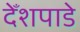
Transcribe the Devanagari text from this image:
देँशपाडे